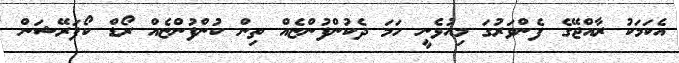
އެކަމަކު ރާއްޖޭގެ ފެންވަރުގަ މިއުޅެނީ ހަމަ ދެކުންފުންޏެއް ތިން ކުންފުންޏެއް ރޯޑް ކޯޕަރޭޝަން